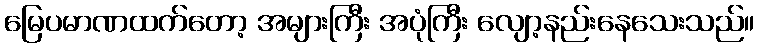
မြေပမာဏထက်တော့ အများကြီး အပုံကြီး လျော့နည်းနေသေးသည်။